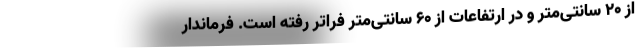
از ۲۰ سانتی‌متر و در ارتفاعات از ۶۰ سانتی‌متر فراتر رفته است. فرماندار